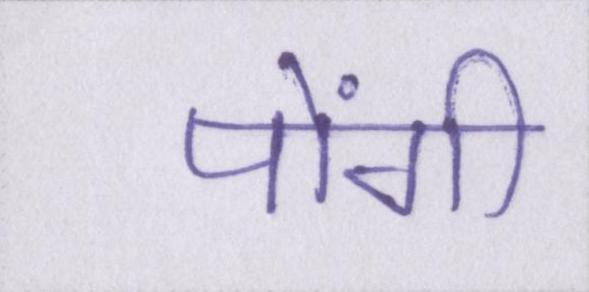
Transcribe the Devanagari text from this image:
पोंगी